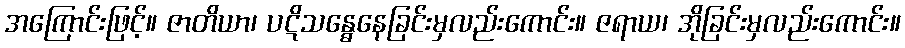
အကြောင်းဖြင့်။ ဇာတိယာ၊ ပဋိသန္ဓေနေခြင်းမှလည်းကောင်း။ ဇရာယ၊ အိုခြင်းမှလည်းကောင်း။